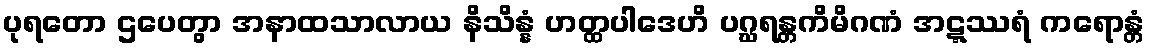
ပုရတော ဌပေတွာ အနာထသာလာယ နိသိန္နံ ဟတ္ထပါဒေဟိ ပဂ္ဃရန္တကိမိဂဏံ အဋ္ဋဿရံ ကရောန္တံ